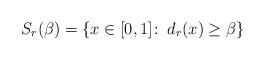
LaTeX: \begin{align*}S_r(\beta) = \{x \in [0,1]\colon\, d_r(x) \geq \beta\}\end{align*}